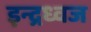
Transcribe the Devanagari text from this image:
इन्द्रध्वज